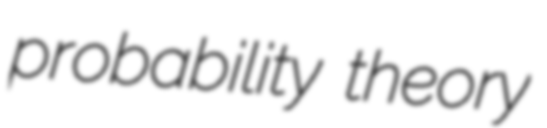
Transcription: probability theory